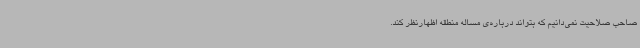
صاحب صلاحیت نمی‌دانیم که بتواند درباره‌ی مساله منطقه اظهارنظر کند.